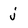
Character: j